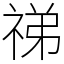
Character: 祶